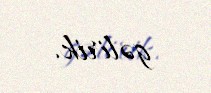
gəlirik.